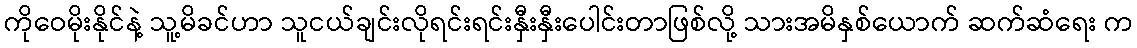
ကိုဝေမိုးနိုင်နဲ့ သူ့မိခင်ဟာ သူငယ်ချင်းလိုရင်းရင်းနှီးနှီးပေါင်းတာဖြစ်လို့ သားအမိနှစ်ယောက် ဆက်ဆံရေး က